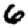
Digit: 6